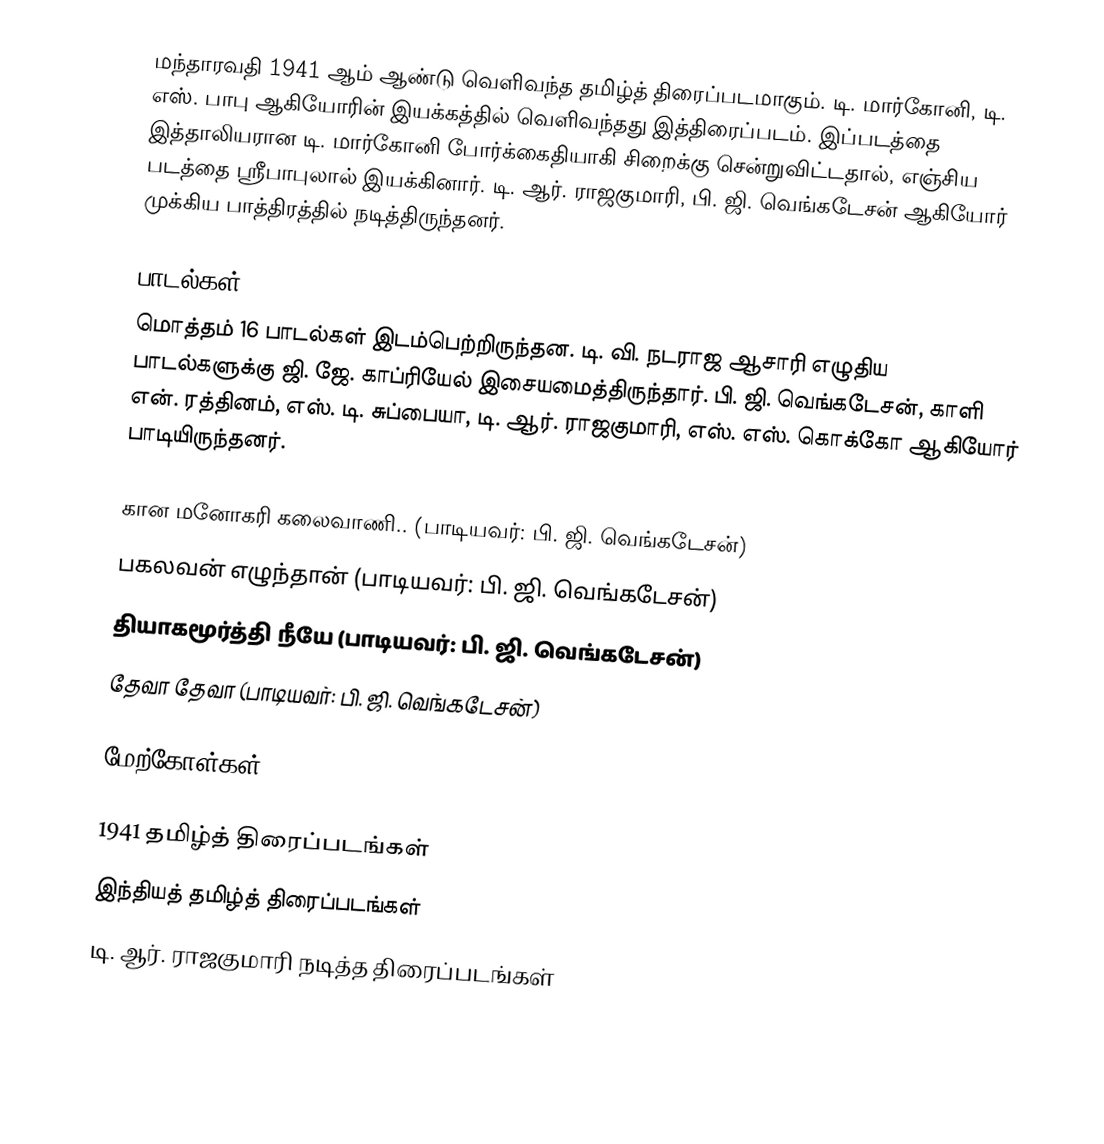
மந்தாரவதி 1941 ஆம் ஆண்டு வெளிவந்த தமிழ்த் திரைப்படமாகும். டி. மார்கோனி, டி. எஸ். பாபு ஆகியோரின் இயக்கத்தில் வெளிவந்தது இத்திரைப்படம். இப்படத்தை இத்தாலியரான டி. மார்கோனி போர்க்கைதியாகி சிறைக்கு சென்றுவிட்டதால், எஞ்சிய படத்தை ஸ்ரீபாபுலால்  இயக்கினார்.   டி. ஆர். ராஜகுமாரி, பி. ஜி. வெங்கடேசன் ஆகியோர் முக்கிய பாத்திரத்தில் நடித்திருந்தனர்.

பாடல்கள்
மொத்தம் 16 பாடல்கள் இடம்பெற்றிருந்தன. டி. வி. நடராஜ ஆசாரி எழுதிய பாடல்களுக்கு ஜி. ஜே. காப்ரியேல் இசையமைத்திருந்தார். பி. ஜி. வெங்கடேசன், காளி என். ரத்தினம், எஸ். டி. சுப்பையா, டி. ஆர். ராஜகுமாரி, எஸ். எஸ். கொக்கோ ஆகியோர் பாடியிருந்தனர்.

 கான மனோகரி கலைவாணி.. (பாடியவர்: பி. ஜி. வெங்கடேசன்)
 பகலவன் எழுந்தான் (பாடியவர்: பி. ஜி. வெங்கடேசன்)
 தியாகமூர்த்தி நீயே (பாடியவர்: பி. ஜி. வெங்கடேசன்)
 தேவா தேவா (பாடியவர்: பி. ஜி. வெங்கடேசன்)

மேற்கோள்கள்

1941 தமிழ்த் திரைப்படங்கள்
இந்தியத் தமிழ்த் திரைப்படங்கள்
டி. ஆர். ராஜகுமாரி நடித்த திரைப்படங்கள்